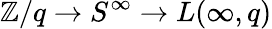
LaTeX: \mathbb{Z}/q\to S^{\infty}\to L(\infty,q)